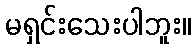
မရှင်းသေးပါဘူး။